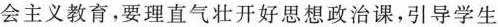
会主义教育，要理直气壮开好思想政治课，引导学生